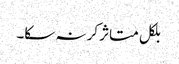
بلکل متاثر کر نہ سکا۔